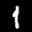
Label: 1